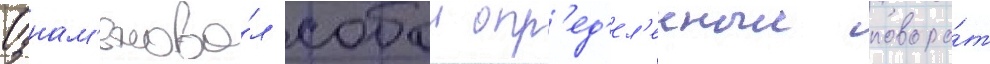
Ознам'енова́л собои опр'ед'ел'енныи поворо́т